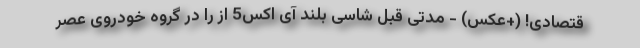
قتصادی! (+عکس) - مدتی قبل شاسی بلند آی اکس5 از را در گروه خودروی عصر